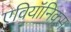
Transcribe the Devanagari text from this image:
एवियॉनिक्स